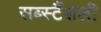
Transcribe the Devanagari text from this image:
सब्स्टैंशली